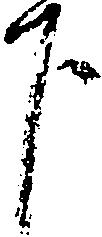
下